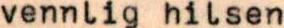
vennlig hilsen